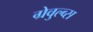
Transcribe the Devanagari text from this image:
ग्रेवुल्व्स